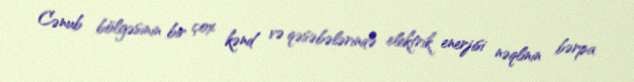
Cənub bölgəsinin bir çox kənd və qəsəbələrində elektrik enerjisi nəqlinin bərpa